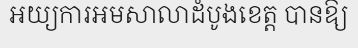
អយ្យការអមសាលាដំបូងខេត្ត បានឱ្យ